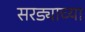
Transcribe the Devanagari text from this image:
सरड्याच्या